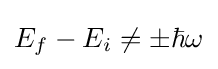
E_{f}-E_{i}\neq \pm \hbar \omega